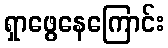
ရှာဖွေနေကြောင်း